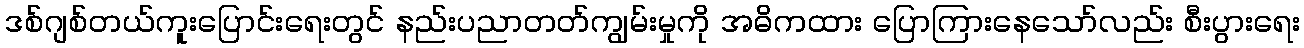
ဒစ်ဂျစ်တယ်ကူးပြောင်းရေးတွင် နည်းပညာတတ်ကျွမ်းမှုကို အဓိကထား ပြောကြားနေသော်လည်း စီးပွားရေး